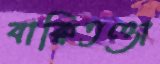
বাক্‌বিতণ্ডা